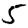
Digit: 5